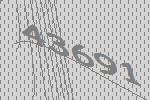
43691